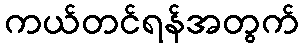
ကယ်တင်ရန်အတွက်